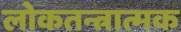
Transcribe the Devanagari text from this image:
लोकतन्त्रात्मक